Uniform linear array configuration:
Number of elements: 4
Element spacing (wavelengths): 1
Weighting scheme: kaiser
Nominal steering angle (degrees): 15
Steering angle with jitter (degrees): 15.835
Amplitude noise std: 0.05
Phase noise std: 0.05

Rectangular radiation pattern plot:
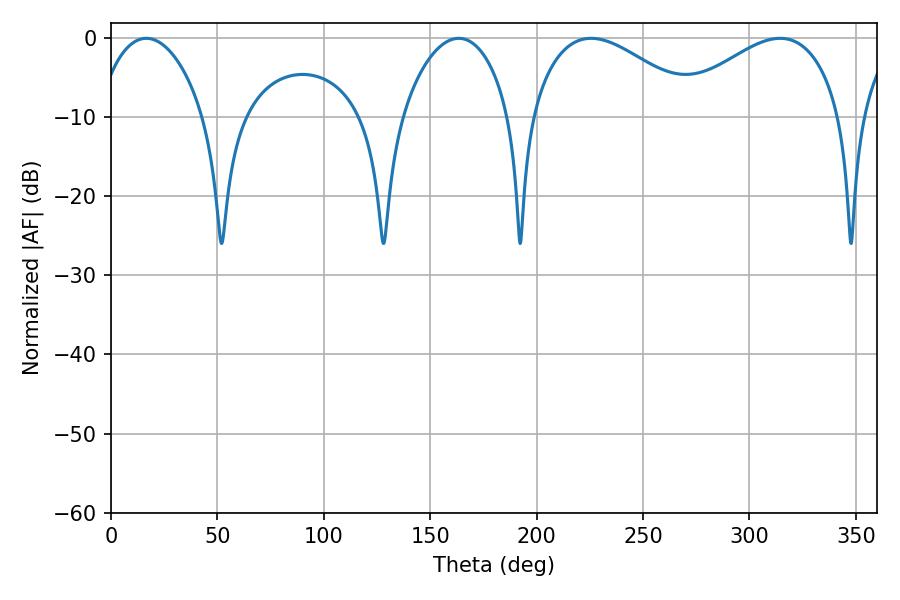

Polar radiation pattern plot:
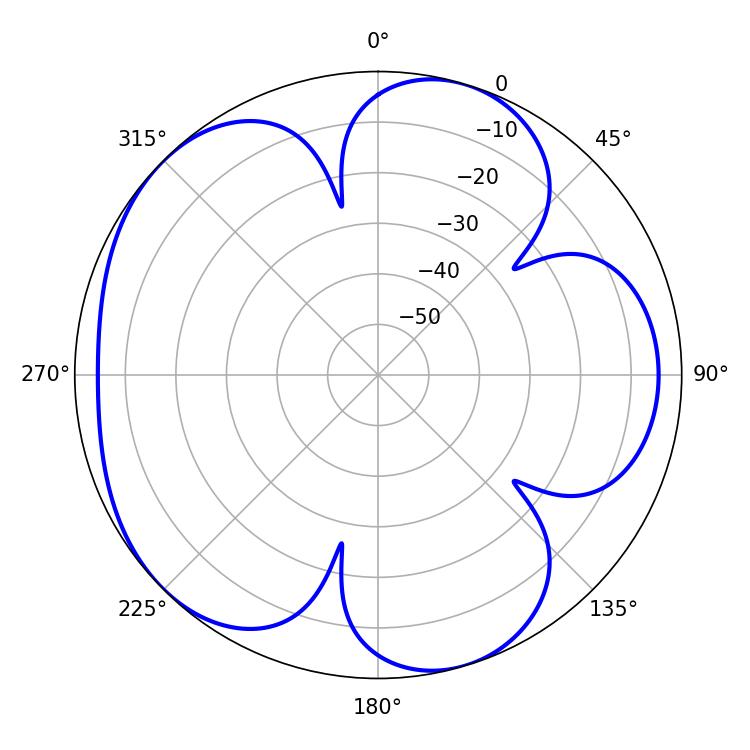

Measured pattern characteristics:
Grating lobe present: TRUE
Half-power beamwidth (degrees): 28.62
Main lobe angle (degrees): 16.56